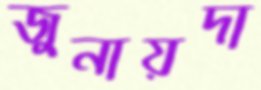
জুনায়দা